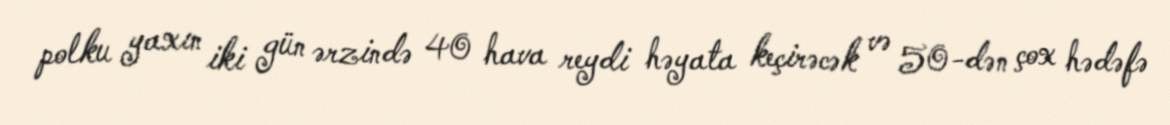
polku yaxın iki gün ərzində 40 hava reydi həyata keçirəcək və 50-dən çox hədəfə